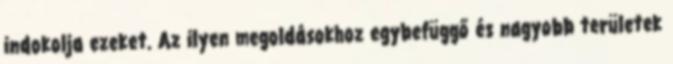
indokolja ezeket. Az ilyen megoldásokhoz egybefüggő és nagyobb területek